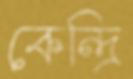
কেন্দ্রি